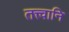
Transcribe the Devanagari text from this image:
तत्त्वानि